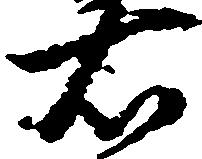
右